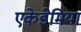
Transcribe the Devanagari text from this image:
एकेडेमिया